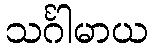
သင်္ဂါမာယ